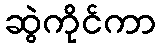
ဆွဲကိုင်ကာ